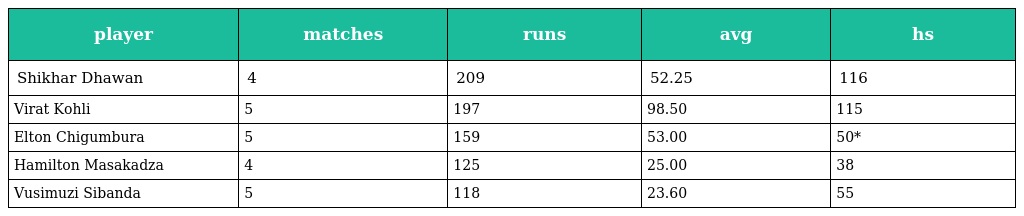
| player | matches | runs | avg | hs |
 | --- | --- | --- | --- | --- |
 | Shikhar Dhawan | 4 | 209 | 52.25 | 116 |
 | Virat Kohli | 5 | 197 | 98.50 | 115 |
 | Elton Chigumbura | 5 | 159 | 53.00 | 50* |
 | Hamilton Masakadza | 4 | 125 | 25.00 | 38 |
 | Vusimuzi Sibanda | 5 | 118 | 23.60 | 55 |